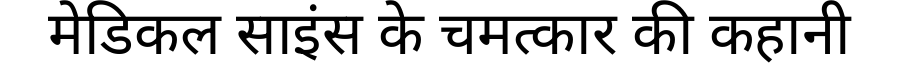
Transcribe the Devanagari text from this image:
मेडिकल साइंस के चमत्कार की कहानी